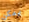
يمكن